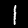
Label: 1